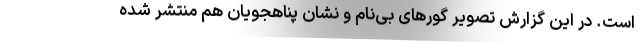
است. در این گزارش تصویر گورهای بی‌نام و نشان پناهجویان هم منتشر شده